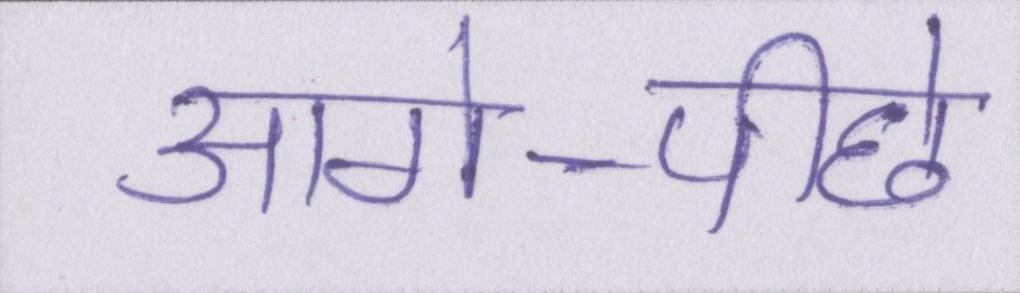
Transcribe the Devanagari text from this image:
आगे-पीछे